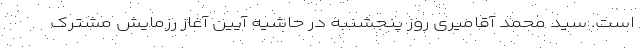
است. سید محمد آقامیری روز پنجشنبه در حاشیه آیین آغاز رزمایش مشترک